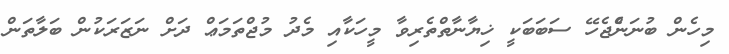
މިހެން ބުނަންެޖެހޭ ސަބަބަކީ ޚިޔާނާތްތެރިވާ މީހަކާއި މެދު މުޖްތަމަޢް ދަށް ނަޒަރަކުން ބަލާތަން